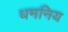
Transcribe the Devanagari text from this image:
धमनिय